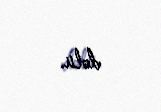
dolu.